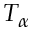
T _ { \alpha }